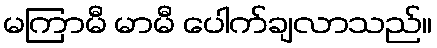
မကြာမီ မာမီ ပေါက်ချလာသည်။